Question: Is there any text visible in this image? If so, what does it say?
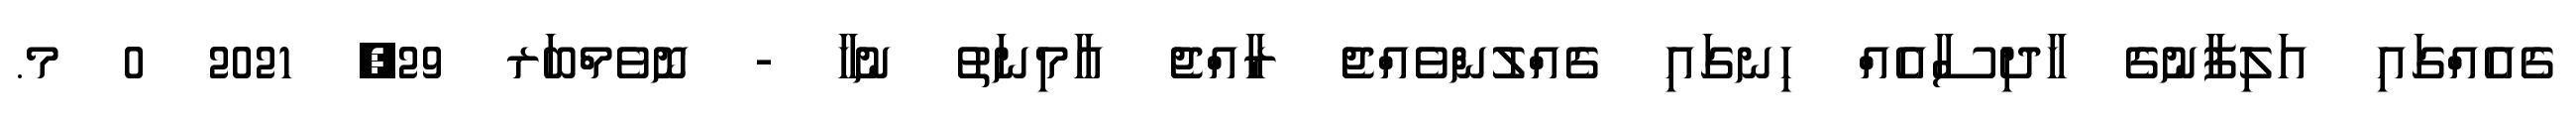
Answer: ގެއެއްގައި އަލިފާނުގެ ހާދިސާއެއް ހިނގައި ގެއްލުންވެއްޖެ ރާއްޖެ އާމިނަތު ނުހާ - ނޮވެމްބަރ 29, 2021 0 މ.